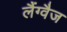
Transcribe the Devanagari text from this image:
लैंग्वैज